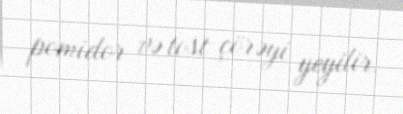
pomidor və tost çörəyi yeyilir.